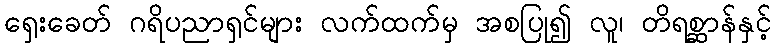
ရှေးခေတ် ဂရိပညာရှင်များ လက်ထက်မှ အစပြု၍ လူ၊ တိရစ္ဆာန်နှင့်